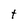
Character: t